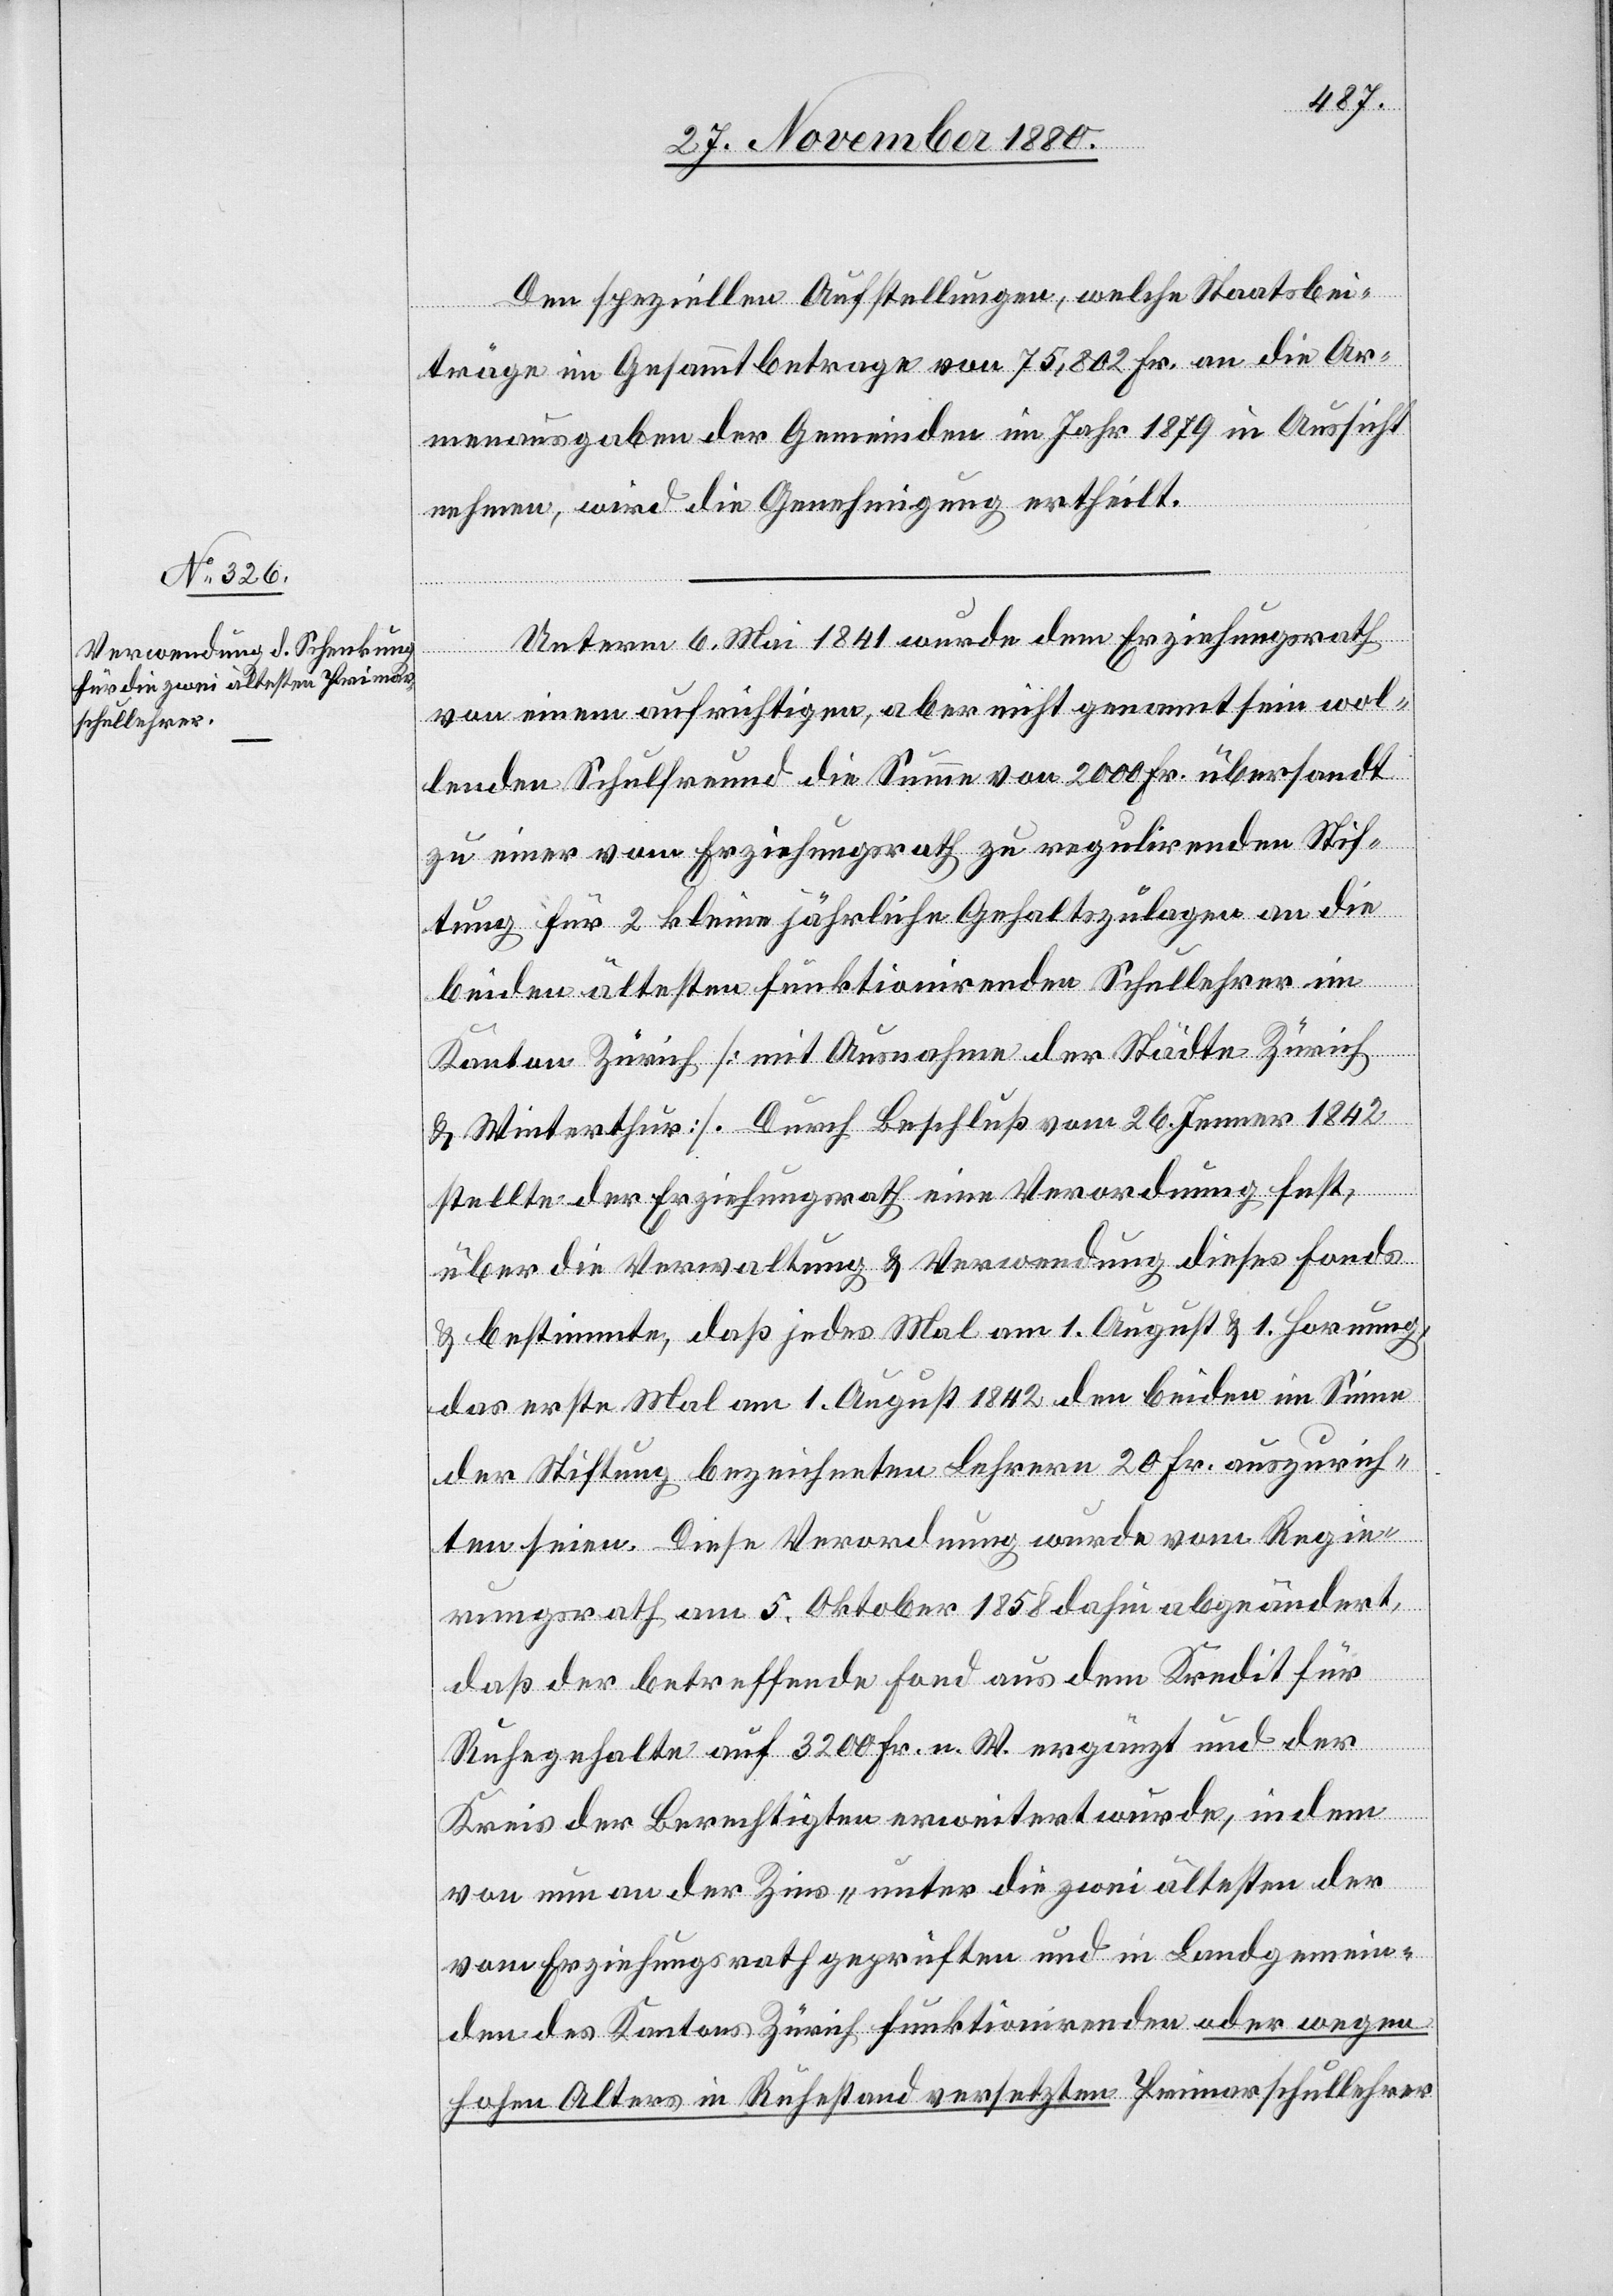
Den speziellen Aufstellungen, welche Staatsbei¬
träge im Gesammtbetrage von 75,802 Fr. an die Ar¬
menausgaben der Gemeinden im Jahr 1879 in Aussicht
nehmen, wird die Genehmigung ertheilt.
Unterm 6. Mai 1841 wurde dem Erziehungsrath
von einem aufrichtigen, aber nicht genannt sein wol¬
lenden Schulfreund die Summe von 2000 Fr. übersandt
zu einer vom Erziehungsrath zu regulirenden Stif¬
tung für 2 kleine jährliche Gehaltszulagen an die
beiden ältesten funktionirenden Schullehrer im
Kanton Zürich [mit Ausnahme der Städte Zürich
& Winterthur]. Durch Beschluß vom 26. Jenner 1842
stellte der Erziehungsrath eine Verordnung fest,
über die Verwaltung & Verwendung dieses Fonds
& bestimmte, daß jedes Mal am 1. August & 1. Hornung,
das erste Mal am 1. August 1842 den beiden im Sinne
der Stiftung bezeichneten Lehrern 20 Fr. auszurich¬
ten seien. Diese Verordnung wurde vom Regie¬
rungsrath am 5. Oktober 1858 dahin abgeändert,
daß der betreffende Fond aus dem Kredit für
Ruhegehalte auf 3200 Fr. a. W. ergänzt und der
Kreis der Berechtigten erweitert wurde, indem
von nun an der Zins „unter die zwei ältesten der
vom Erziehungsrath geprüften und in Landgemein¬
den des Kantons Zürich funktionirenden oder wegen
hohen Alters in Ruhestand versetzten Primarschullehrer